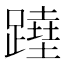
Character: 𨅣